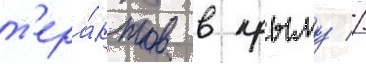
т'ера́ктов в крыму //